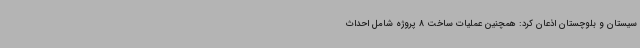
سیستان و بلوچستان اذعان کرد: همچنین عملیات ساخت 8 پروژه شامل احداث